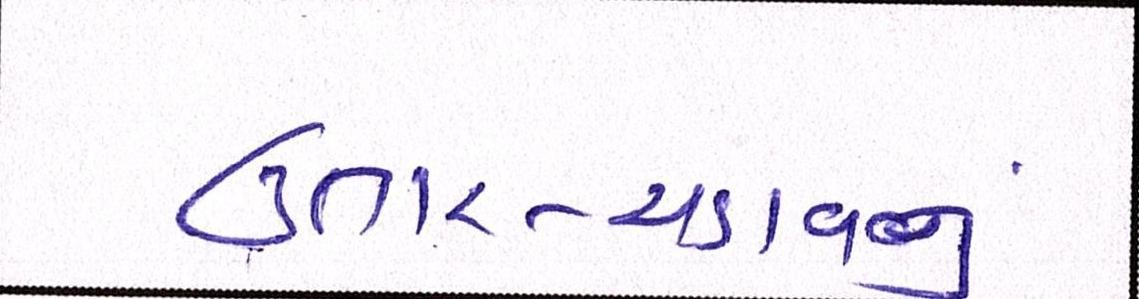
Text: ઉતાર-ચડાવનું